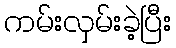
ကမ်းလှမ်းခဲ့ပြီး